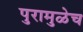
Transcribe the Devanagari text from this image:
पुरामुळेच